Report on vaccination in Madras 1922-1929 - 1922-1929
Year: 1922
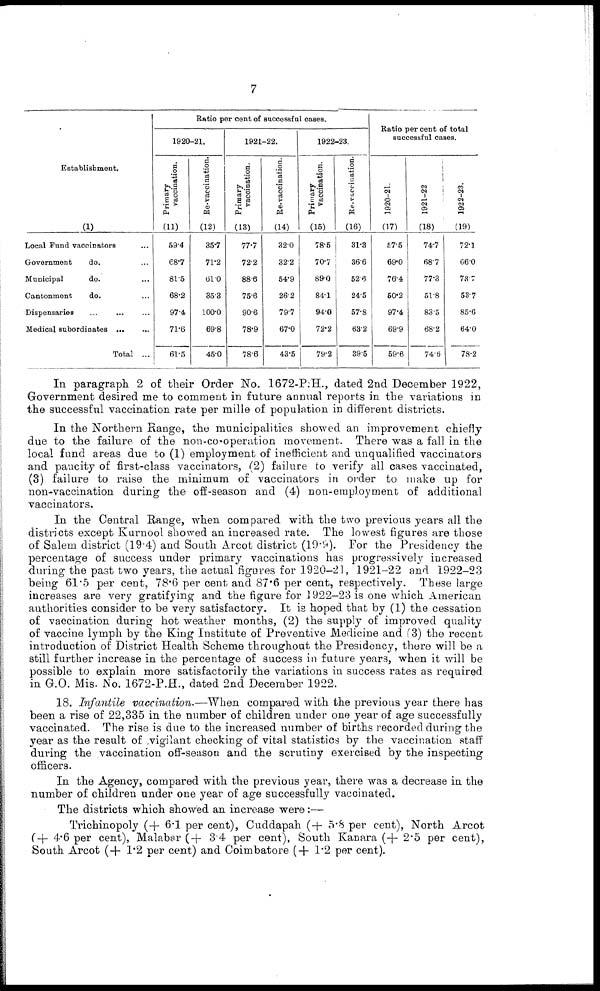
7
Establishment.
(1)
Local Fund vaccinators ...
Government
do. ...
Municipal
do. ...
Cantonment
do. ...
Dispensaries ... ...
Medical subordinates
...
...
Total ...
Ratio per cent of successful cases.
1920-21.
Primary
vaccination.
(11)
59.4
68.7
81.5
68.2
97.4
71.6
61.5
Re-vaccination.
(12)
35.7
71.2
61.0
35.3
100.0
69.8
45.0
1921-22.
Primary
vaccination.
(13)
77.7
72.2
88.6
75.6
90.6
78.9
78.6
Re-vaccination.
(14)
32.0
32.2
54.9
26.2
79.7
67.0
43.5
1922-23.
Primary
vaccination.
(15)
78.5
70.7
89.0
84.1
94.0
72.2
79.2
Re-vaccination.
(16)
31.3
36.6
52.8
24.5
57.8
63.2
39.5
Ratio per cent of total
successful cases.
1920-21.
(17)
57.5
69.0
76.4
60.2
97.4
69.9
59.6
1921-22
(18)
74.7
68.7
77.3
51.8
83.5
68.2
74.6
1922-23.
(19)
72.1
66.0
73.7
53.7
85.6
64.0
78.2
In paragraph 2 of their Order No. 1672-P.H., dated 2nd December 1922,
Government desired me to comment in future annual reports in the variations in
the successful vaccination rate per mille of population in different districts.
In the Northern Range, the municipalities showed an improvement chiefly-
due to the failure of the non-co-operation movement. There was a fall in the
local fund areas due to (1) employment of inefficient and unqualified vaccinators
and paucity of first-class vaccinators, (2) failure to verify all cases vaccinated,
(3) failure to raise the minimum of vaccinators in order to make up for
non-vaccination during the off-season and (4) non-employment of additional
vaccinators.
In the Central Range, when compared with the two previous years all the
districts except Kurnool showed an increased rate. The lowest figures are those
of Salem district (19.4) and South Arcot district (19.9). For the Presidency the
percentage of success under primary vaccinations has progressively increased
during the past two years, the actual figures for 1920-21, 1921-22 and 1922-23
being 61.5 per cent, 78.6 per cent and 87.6 per cent, respectively. These large
increases are very gratifying and the figure for 1922-23 is one which American
authorities consider to be very satisfactory. It is hoped that by (1) the cessation
of vaccination during hot weather months, (2) the supply of improved quality
of vaccine lymph by the King Institute of Preventive Medicine and (3) the recent
introduction of District Health Scheme throughout the Presidency, there will be a
still further increase in the percentage of success in future years, when it will be
possible to explain more satisfactorily the variations in success rates as required
in G.O. Mis. No. 1672-P.H., dated 2nd December 1922.
18. Infantile vaccination.—When compared with the previous year there has
been a rise of 22,335 in the number of children under one year of age successfully
vaccinated. The rise is due to the increased number of births recorded during the
year as the result of vigilant checking of vital statistics by the vaccination staff
during the vaccination off-season and the scrutiny exercised by the inspecting
officers.
In the Agency, compared with the previous year, there was a decrease in the
number of children under one year of age successfully vaccinated.
The districts which showed an increase were:—
Trichinopoly (+ 6.1 per cent), Cuddapah (+ 5.8 per cent), North Arcot
(+ 4.6 per cent), Malabar (+ 3.4 per cent), South Kanara (+ 2.5 per cent),
South Arcot (+ 1.2 per cent) and Coimbatore (+ 1.2 per cent).